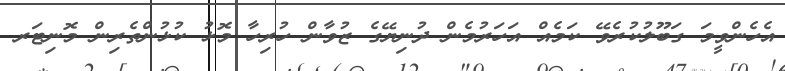
އެހެންވީމަ ގަބޫލުކުރެވޭ ކަމެއް އަހަރުމެން ދުނިޔޭގެ ޒުވާން ހުރިހާ މޮޅު ކުޅުންތެރިން މޮނިޓަރ